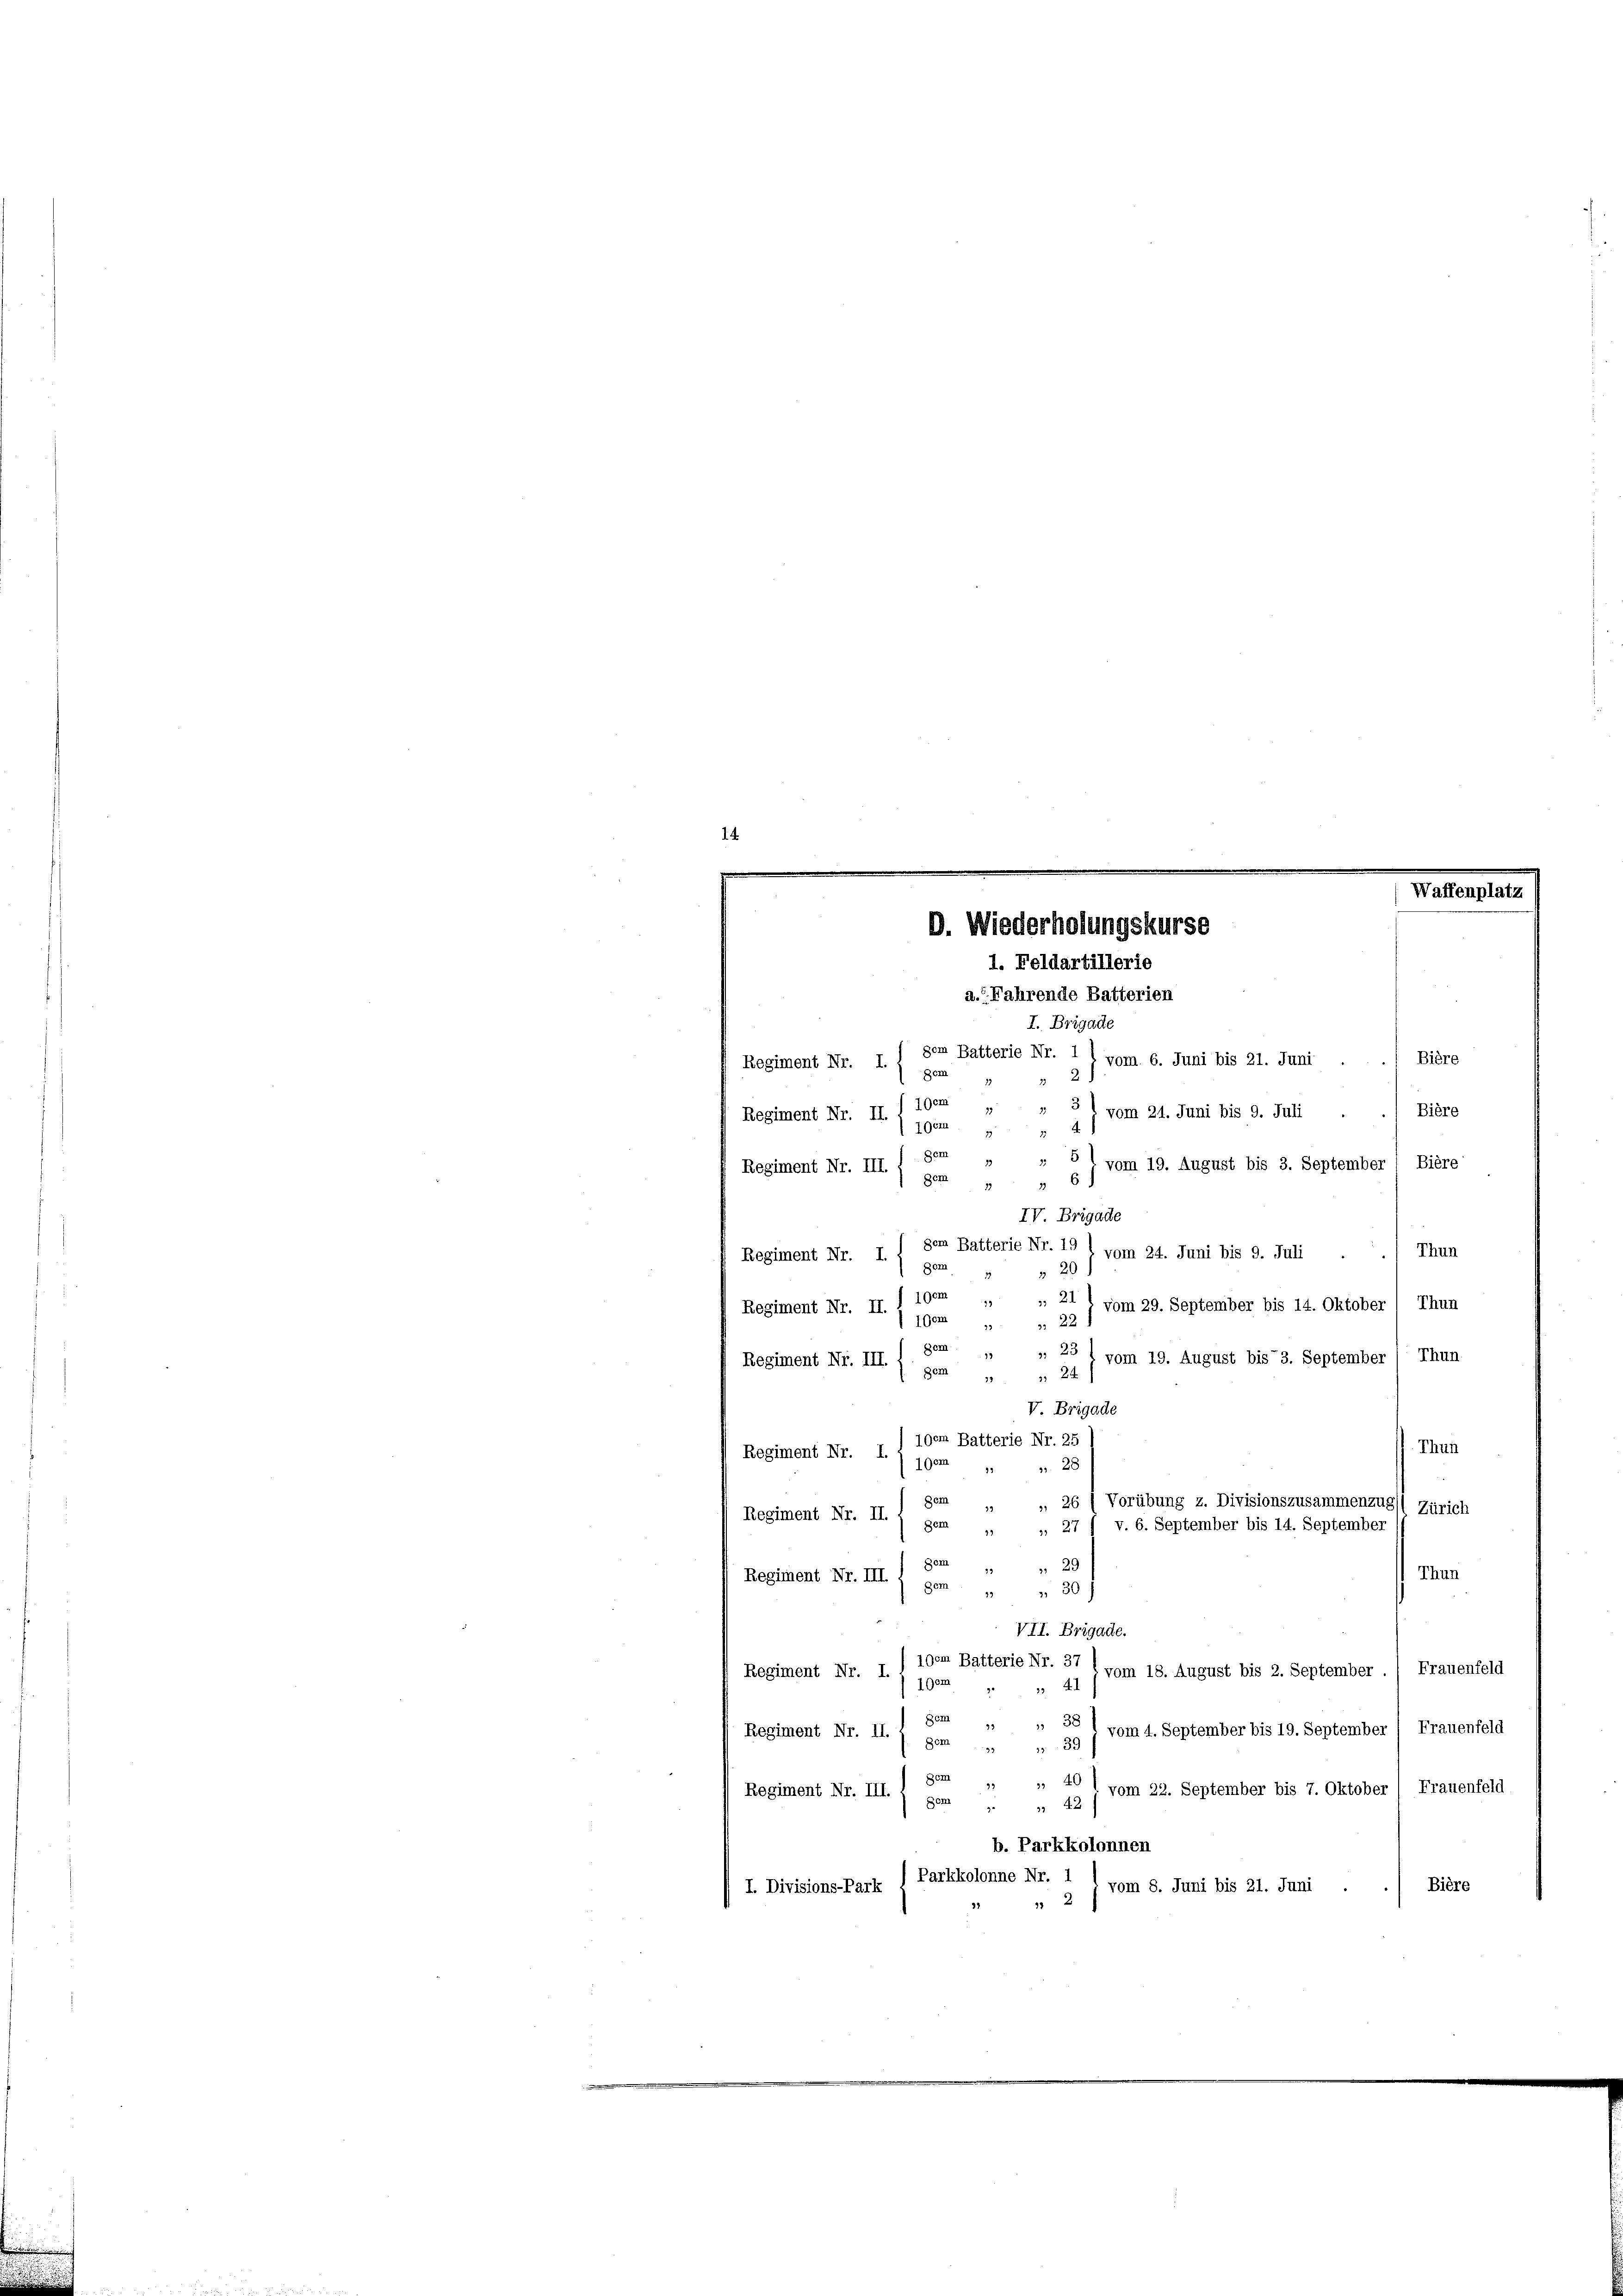
D. Wiederholungskurse
1. Feldartillerie

a.? Fahrende Batterien
I. Brigade
gem Batterie Nr. 1 l vom 6. Juni bis 21. Juni
) Biere
Regiment Nr. I.
Dem
2
70cm
.
Bière
* 3) vom 21. Juni bis 9. Juli
Regiment Nr. II.
100m
2 x
Regiment Nr. III. f 802 "
" 5 1 vom 19. August bis 3. September Biere
" 6)
IV. Brigade
Thun
Regiment Nr. I. I den Batterie Nr. 19 l vom 24. Juni bis 9. Juli
Dem
20
 " 21) vom 29. September bis 14. Oktober ( Thun
Regiment Nr. II. I 100m
19 " " 22
Bem
13
„ 23 l vom 19. August bis 3. September Thun-
Regiment Nr. III.
Dem
" 24
V. Brigade
100m Batterie Nr. 25
Thun
Regiment Nr. I.
1Gem
». 28
19
Dem
», 26 (Vorübung z. Divisionszusammenzug Zürich
39
Regiment Nr. II.
Dem
, 27 / v. 6. September bis 14. September
29
Dem
29
Thun
Regiment Nr. III
Bem
 30
39
VII. Brigade.
100m Batterie Nr. 37
vom 18. August bis 2. September ./ Frauenfeld
Regiment Nr. I.
190m " " 41
Dem
38
Regiment Nr. II. 1 gem" 99 j vom 4. September bis 19. September (Frauenfeld
gem „ „ 10 l vom 22. September bis 7. Oktober (Frauenfeld,
Regiment Nr. III.
gem " " 42)
b. Parkkolonnen
Parkkolonne Nr. 1 l vom 8. Juni bis 21. Juni
Bière
I. Divisions-Park
2

Waffenpl.